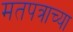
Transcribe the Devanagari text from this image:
मतपत्राच्या